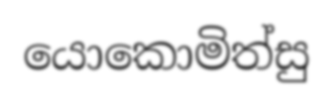
යොකොමිත්සු